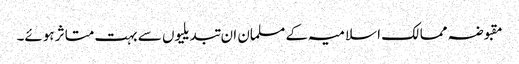
مقبوضہ ممالک اسلامیہ کے مسلمان ان تبدیلیوں سے بہت متاثر ہوئے۔